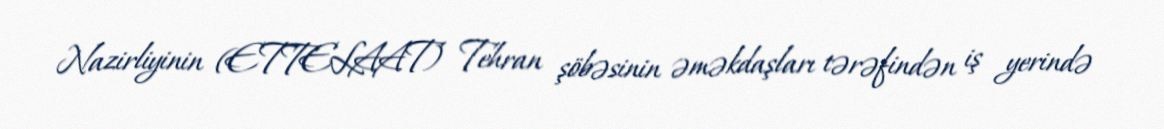
Nazirliyinin (ETTELAAT) Tehran şöbəsinin əməkdaşları tərəfindən iş yerində